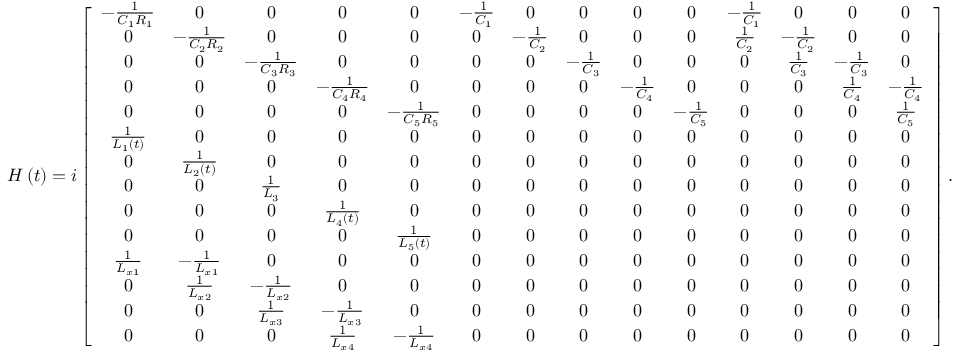
\begin{array} { r } { H \left( t \right) = i \left[ \begin{array} { c c c c c c c c c c c c c c } { - \frac { 1 } { C _ { 1 } R _ { 1 } } } & { 0 } & { 0 } & { 0 } & { 0 } & { - \frac { 1 } { C _ { 1 } } } & { 0 } & { 0 } & { 0 } & { 0 } & { - \frac { 1 } { C _ { 1 } } } & { 0 } & { 0 } & { 0 } \\ { 0 } & { - \frac { 1 } { C _ { 2 } R _ { 2 } } } & { 0 } & { 0 } & { 0 } & { 0 } & { - \frac { 1 } { C _ { 2 } } } & { 0 } & { 0 } & { 0 } & { \frac { 1 } { C _ { 2 } } } & { - \frac { 1 } { C _ { 2 } } } & { 0 } & { 0 } \\ { 0 } & { 0 } & { - \frac { 1 } { C _ { 3 } R _ { 3 } } } & { 0 } & { 0 } & { 0 } & { 0 } & { - \frac { 1 } { C _ { 3 } } } & { 0 } & { 0 } & { 0 } & { \frac { 1 } { C _ { 3 } } } & { - \frac { 1 } { C _ { 3 } } } & { 0 } \\ { 0 } & { 0 } & { 0 } & { - \frac { 1 } { C _ { 4 } R _ { 4 } } } & { 0 } & { 0 } & { 0 } & { 0 } & { - \frac { 1 } { C _ { 4 } } } & { 0 } & { 0 } & { 0 } & { \frac { 1 } { C _ { 4 } } } & { - \frac { 1 } { C _ { 4 } } } \\ { 0 } & { 0 } & { 0 } & { 0 } & { - \frac { 1 } { C _ { 5 } R _ { 5 } } } & { 0 } & { 0 } & { 0 } & { 0 } & { - \frac { 1 } { C _ { 5 } } } & { 0 } & { 0 } & { 0 } & { \frac { 1 } { C _ { 5 } } } \\ { \frac { 1 } { L _ { 1 } \left( t \right) } } & { 0 } & { 0 } & { 0 } & { 0 } & { 0 } & { 0 } & { 0 } & { 0 } & { 0 } & { 0 } & { 0 } & { 0 } & { 0 } \\ { 0 } & { \frac { 1 } { L _ { 2 } \left( t \right) } } & { 0 } & { 0 } & { 0 } & { 0 } & { 0 } & { 0 } & { 0 } & { 0 } & { 0 } & { 0 } & { 0 } & { 0 } \\ { 0 } & { 0 } & { \frac { 1 } { L _ { 3 } } } & { 0 } & { 0 } & { 0 } & { 0 } & { 0 } & { 0 } & { 0 } & { 0 } & { 0 } & { 0 } & { 0 } \\ { 0 } & { 0 } & { 0 } & { \frac { 1 } { L _ { 4 } \left( t \right) } } & { 0 } & { 0 } & { 0 } & { 0 } & { 0 } & { 0 } & { 0 } & { 0 } & { 0 } & { 0 } \\ { 0 } & { 0 } & { 0 } & { 0 } & { \frac { 1 } { L _ { 5 } \left( t \right) } } & { 0 } & { 0 } & { 0 } & { 0 } & { 0 } & { 0 } & { 0 } & { 0 } & { 0 } \\ { \frac { 1 } { L _ { x 1 } } } & { - \frac { 1 } { L _ { x 1 } } } & { 0 } & { 0 } & { 0 } & { 0 } & { 0 } & { 0 } & { 0 } & { 0 } & { 0 } & { 0 } & { 0 } & { 0 } \\ { 0 } & { \frac { 1 } { L _ { x 2 } } } & { - \frac { 1 } { L _ { x 2 } } } & { 0 } & { 0 } & { 0 } & { 0 } & { 0 } & { 0 } & { 0 } & { 0 } & { 0 } & { 0 } & { 0 } \\ { 0 } & { 0 } & { \frac { 1 } { L _ { x 3 } } } & { - \frac { 1 } { L _ { x 3 } } } & { 0 } & { 0 } & { 0 } & { 0 } & { 0 } & { 0 } & { 0 } & { 0 } & { 0 } & { 0 } \\ { 0 } & { 0 } & { 0 } & { \frac { 1 } { L _ { x 4 } } } & { - \frac { 1 } { L _ { x 4 } } } & { 0 } & { 0 } & { 0 } & { 0 } & { 0 } & { 0 } & { 0 } & { 0 } & { 0 } \end{array} \right] . } \end{array}